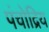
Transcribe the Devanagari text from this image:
पंचोद्रिय